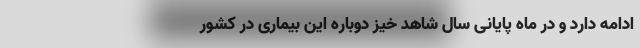
ادامه دارد و در ماه پایانی سال شاهد خیز دوباره این بیماری در کشور